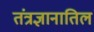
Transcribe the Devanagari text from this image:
तंत्रज्ञानातिल